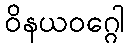
ဝိနယဝဂ္ဂေါ